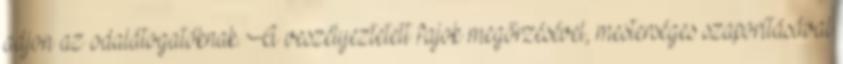
adjon az odalátogatóknak. A veszélyeztetett fajok megőrzésével, mesterséges szaporításával